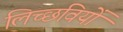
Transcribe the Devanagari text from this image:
लिच्छवियाें